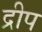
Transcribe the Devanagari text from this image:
द्रीप